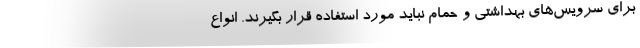
برای سرویس‌های بهداشتی و حمام نباید مورد استفاده قرار بگیرند. انواع